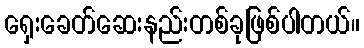
ရှေးခေတ်ဆေးနည်းတစ်ခုဖြစ်ပါတယ်။